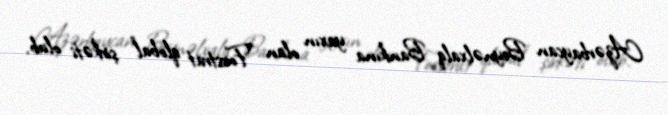
Azərbaycan Beynəlxalq Bankına yaxın olan "Forstrat qlobal" şirkəti olub.